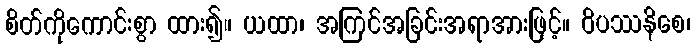
စိတ်ကိုကောင်းစွာ ထား၍။ ယထာ၊ အကြင်အခြင်းအရာအားဖြင့်။ ဝိပဿနိစေ၊